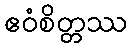
ဧဝံစိတ္တဿ